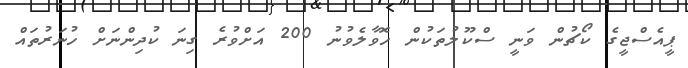
ޕީއެސްޖީގެ ކޯޗުން ވަނީ ސްކޫލުތަކުން ހޮވާލެވުނު 200 އަށްވުރެ ގިނަ ކުދިންނަށް ހުނަރުތައް